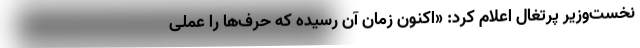
نخست‌وزیر پرتغال اعلام کرد: «اکنون زمان آن رسیده که حرف‌ها را عملی